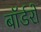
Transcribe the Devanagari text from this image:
बॉर्डरों